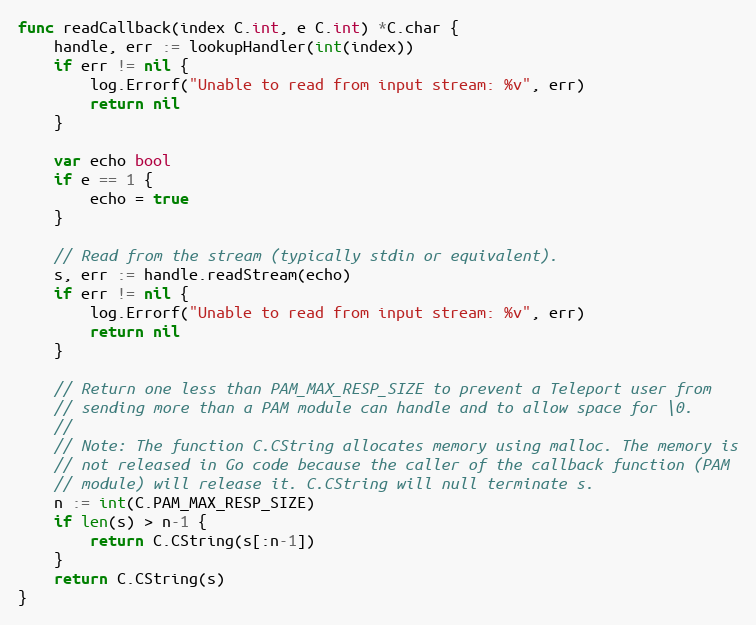
Language: Go
func readCallback(index C.int, e C.int) *C.char {
	handle, err := lookupHandler(int(index))
	if err != nil {
		log.Errorf("Unable to read from input stream: %v", err)
		return nil
	}

	var echo bool
	if e == 1 {
		echo = true
	}

	// Read from the stream (typically stdin or equivalent).
	s, err := handle.readStream(echo)
	if err != nil {
		log.Errorf("Unable to read from input stream: %v", err)
		return nil
	}

	// Return one less than PAM_MAX_RESP_SIZE to prevent a Teleport user from
	// sending more than a PAM module can handle and to allow space for \0.
	//
	// Note: The function C.CString allocates memory using malloc. The memory is
	// not released in Go code because the caller of the callback function (PAM
	// module) will release it. C.CString will null terminate s.
	n := int(C.PAM_MAX_RESP_SIZE)
	if len(s) > n-1 {
		return C.CString(s[:n-1])
	}
	return C.CString(s)
}